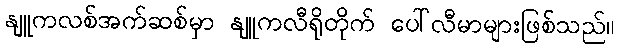
နျူကလစ်အက်ဆစ်မှာ နျူကလီရိုတိုက် ပေါ်လီမာများဖြစ်သည်။